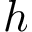
h